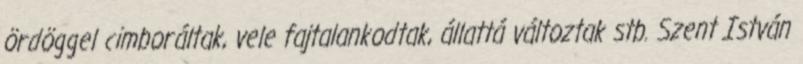
ördöggel cimboráltak, vele fajtalankodtak, állattá változtak stb. Szent István